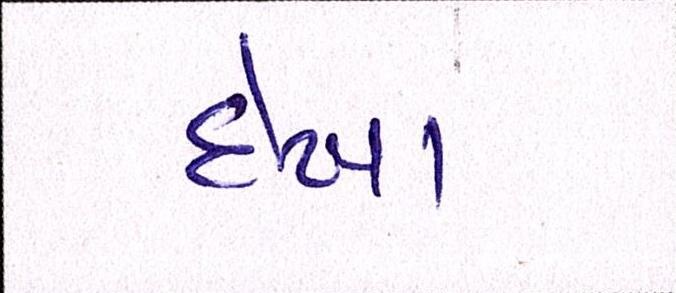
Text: દેખા